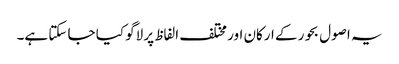
یہ اصول بحور کے ارکان اور مختلف الفاظ پر لاگو کیا جا سکتا ہے۔